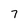
Character: 7